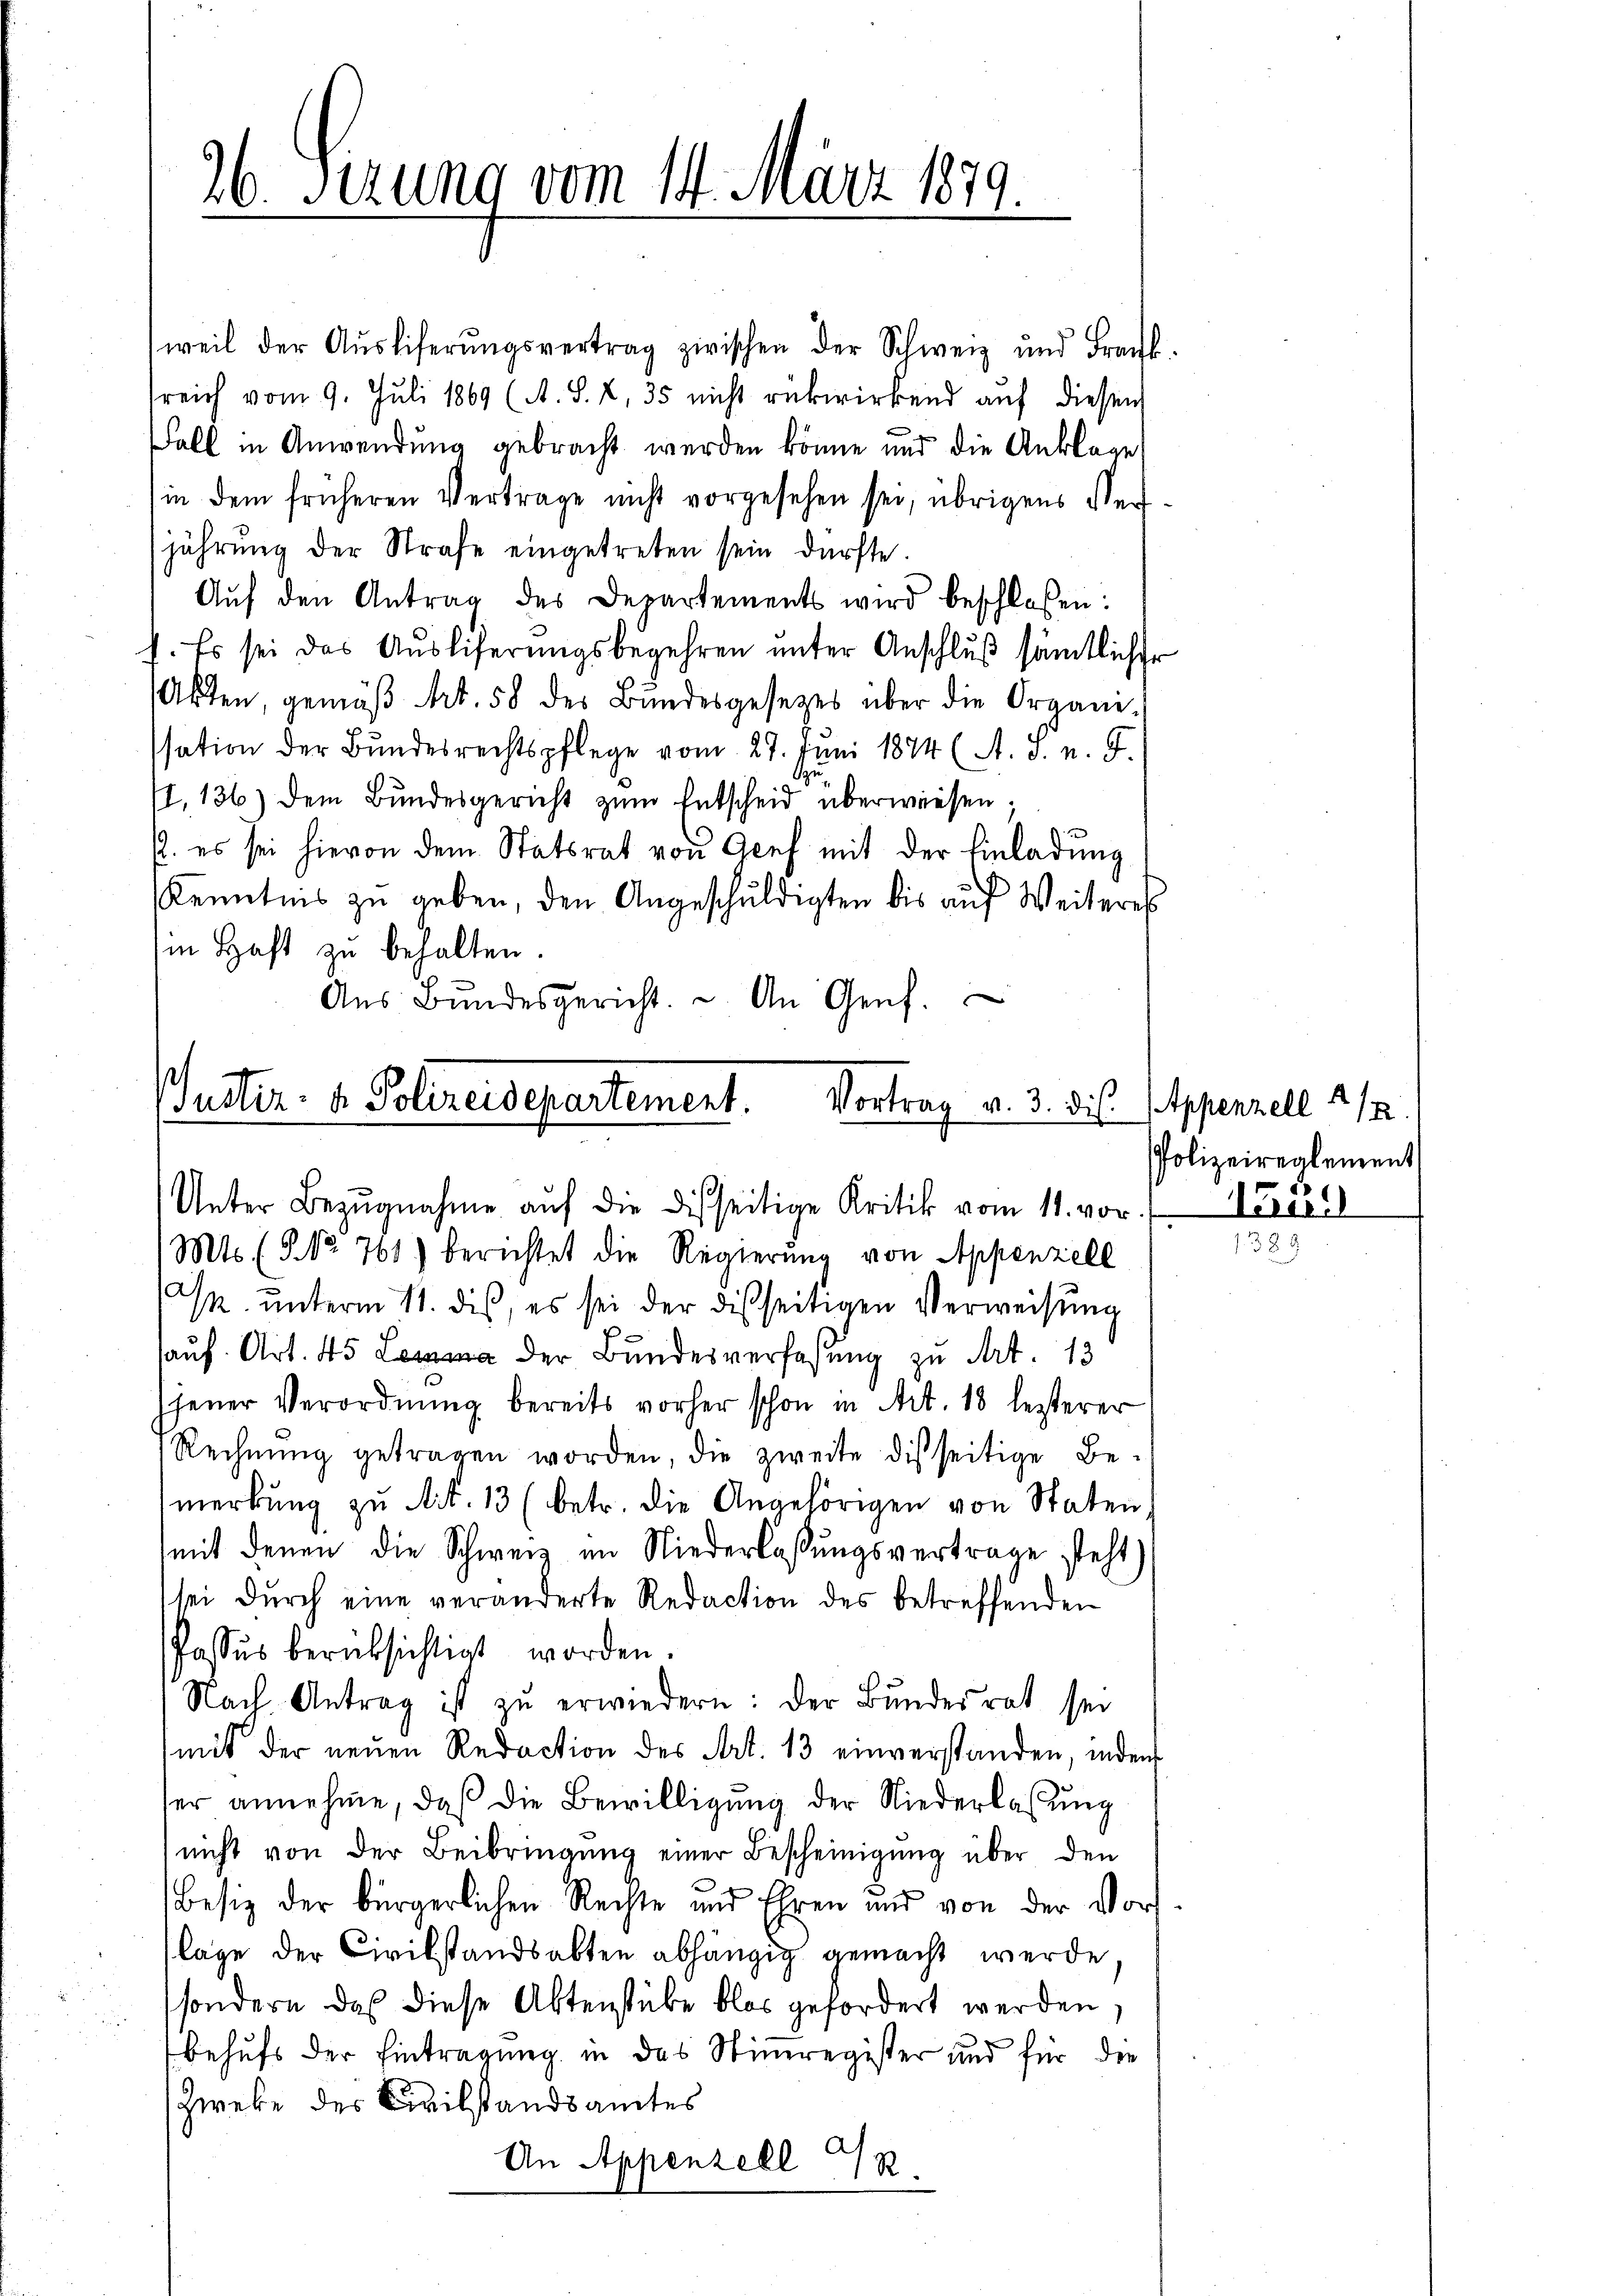
weil der Aŭsliferŭngsvertrag zwischen der Schweiz und Frank-
sreich vom 9. Juli 1869 (A. S. 2, 35 nicht rükwirkend aŭf diesem
Fall in Anwendung gebracht werden könne und die Anklage
in dem früheren Vertrage nicht vorgesehen sei, übrigens Ver
jährung der Strafe eingetreten sein dürfte.
Aŭf den Antrag des Departements wird beschlossen:
I. Es sei das Aŭsliferungsbegehren unter Anschlŭβ sämtlicher
Akten, gemäβ Art. 58 des Bŭndesgesetzes über die Organi-
ssation der Bundesrechtspflege vom 27. Juni 1884 (A. v. n. F.
11,136) dem Bundesgericht zum Entscheid überwiesen;
. es sei hievon dem Statsrat von Genf mit der Einladung
Kenntnis zu geben, den Angeschuldigten bis auf Weiteres
in Haft zu behalten.
Aŭs Bŭndesgericht. u. An Genf.

26. Ferung vom 14. März 1879

uster. v. Polizeidepartement. Vortrag v. 3. dis
Unter Bezŭgnahme aŭf die Disseitige Kritik vom 11. vor.

Mts. (T. No. 761) berichtet die Regierung von Appenzell
M. unterm 11. dis, es sei der disseitigen Verweisung
auf. Art. 45 der Bundesverfaßung zu Art. 13
jener Verordnŭng bereits vorher schon in Art. 18 lezterer
Rechnung getragen worden, die zweite disseitige Bemerkŭng zu Art. 13 (betr. die Angehörigen von Staten.
mit denen die Schweiz im Niederlassŭngsvertrage steht)
sei durch eine veränderte Redaction des betreffenden
Passus berücksichtigt worden.
Nach Antrag ist zŭ erwiedern: der Bundesrat sei
mit der neŭen Redaction des Art. 13 einverstanden, inden
her annehme, daß die Bewilligung der Niederlassŭng
nicht von der Beibringŭng einer Bescheinigung über den
Besiz der bürgerlichen Rechte und Ehren und von der Vors
lage der Civilstandsabten abhängig gemacht werde
sondern das diese Aktenstube blos gefordert werden,
behufs der Eintragung in das Stimregister und für die
Zweke des Civilstandsamtes
A
An Appenzell 1 R.

Appenzell 1/2
Polizeirealement
1

Virer
88